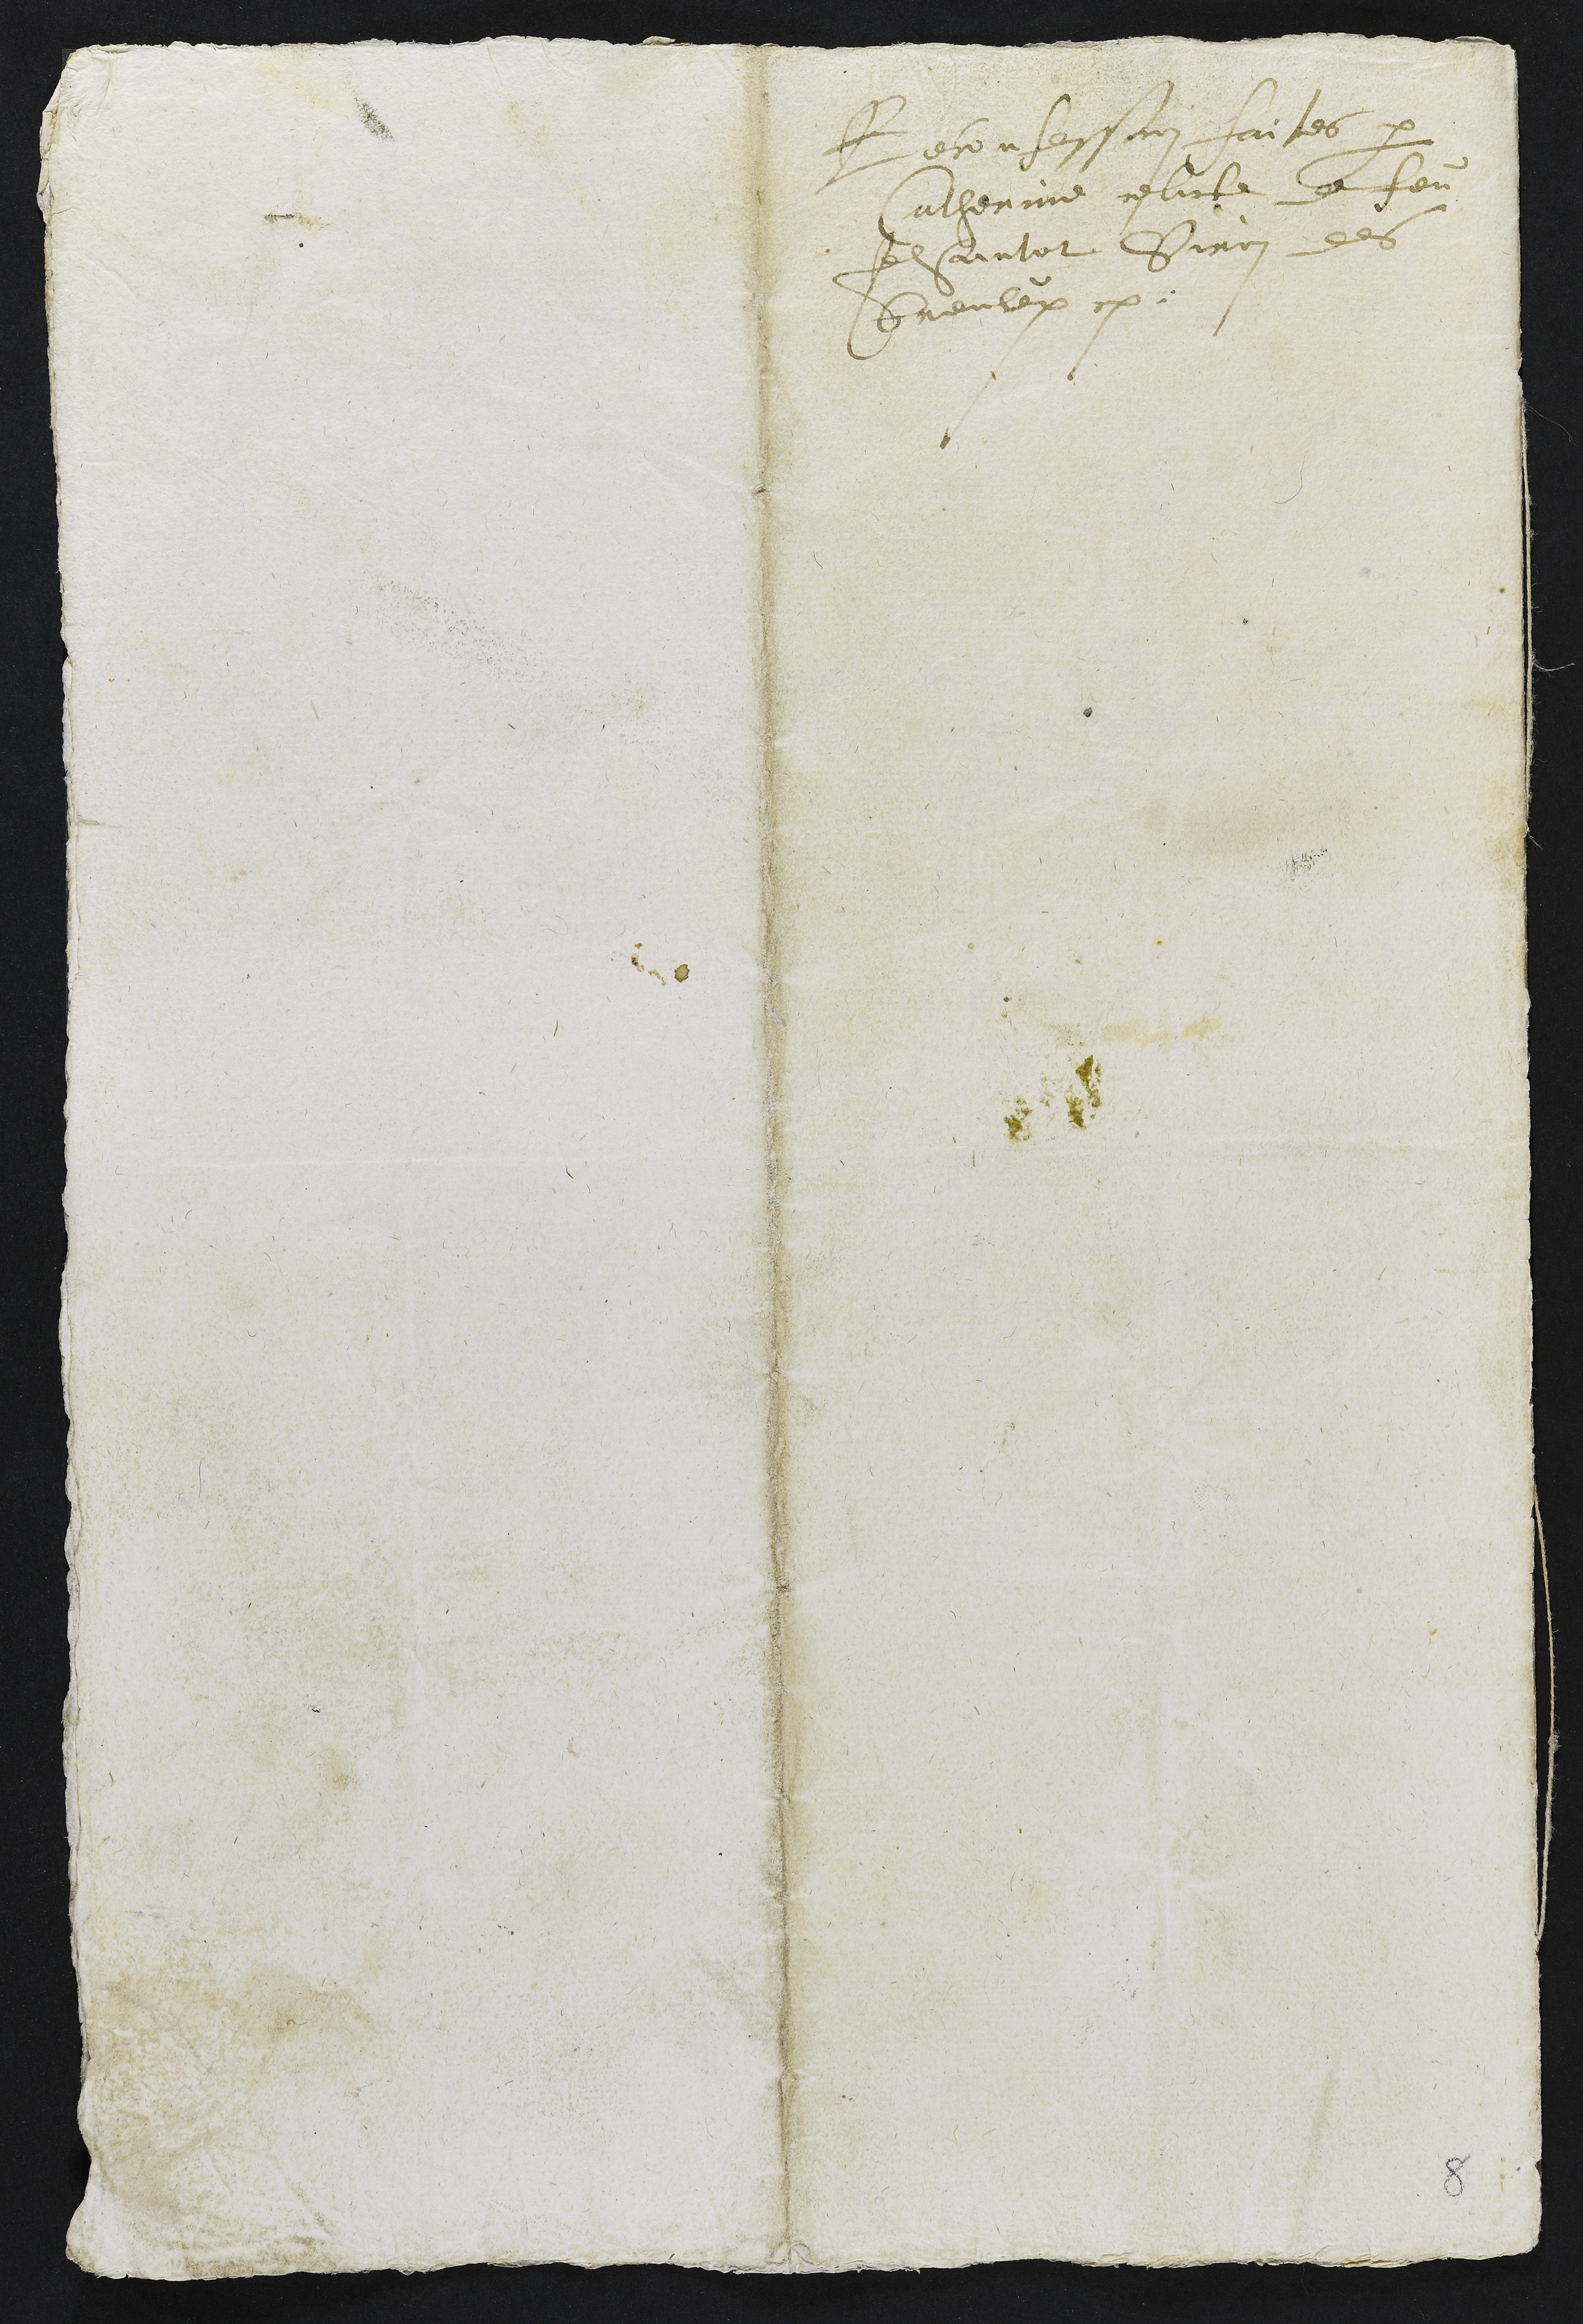
Reconfession faites par
Catherine relicte de feu
Jehantot Siron des
Breuleux.

8